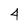
Character: 4